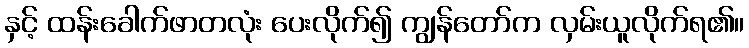
နှင့် ထန်းခေါက်ဖာတလုံး ပေးလိုက်၍ ကျွန်တော်က လှမ်းယူလိုက်ရ၏။